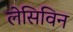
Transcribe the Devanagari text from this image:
लेसिविन